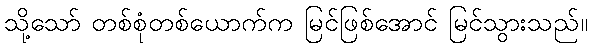
သို့သော် တစ်စုံတစ်ယောက်က မြင်ဖြစ်အောင် မြင်သွားသည်။